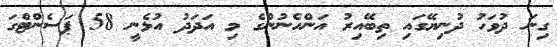
ގިނަ ދުވަހު ދުނިޔޭގައި ތިބޭއިރު އަންހެނުންގެ މި އަދަދު އުޅެނީ 58 ޕަސެންޓްގަ